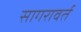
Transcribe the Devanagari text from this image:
सागरावर्त